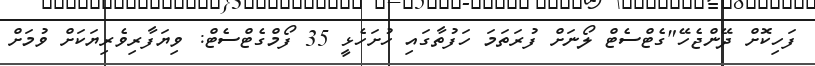
ފަހިކޮށް ދޭންޖެހޭ"ގެޓްސެޓް ލޯނަށް ފުރަތަމަ ހަފުތާގައި ހުށަހެޅީ 35 ފޯމްގެޓްސެޓް: ވިޔަފާރިވެރިޔަކަށް ވުމަށް